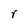
Character: r